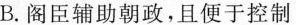
B.阁臣辅助朝政，且便于控制